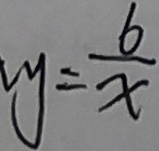
y = \frac { 6 } { x }